Annual administration report of the Civil Veterinary Department of India - 1897-1898
Year: 1897
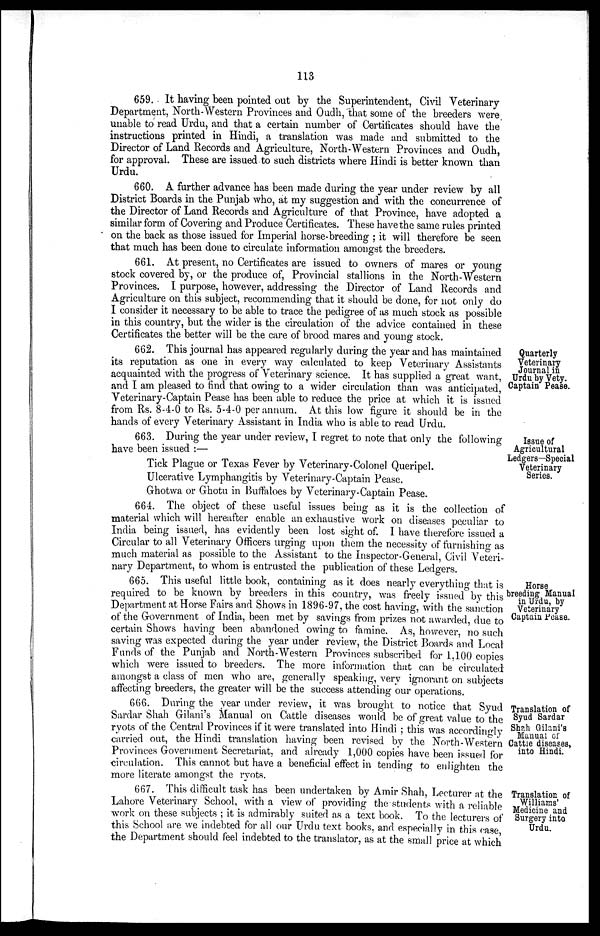
113
659. It having been pointed out by the Superintendent, Civil Veterinary
Department, North-Western Provinces and Oudh, that some of the breeders were
unable to read Urdu, and that a certain number of Certificates should have the
instructions printed in Hindi, a translation was made and submitted to the
Director of Land Records and Agriculture, North-Western Provinces and Oudh,
for approval. These are issued to such districts where Hindi is better known than
Urdu.
660. A further advance has been made during the year under review by all
District Boards in the Punjab who, at my suggestion and with the concurrence of
the Director of Land Records and Agriculture of that Province, have adopted a
similar form of Covering and Produce Certificates. These have the same rules printed
on the back as those issued for Imperial horse-breeding; it will therefore be seen
that much has been done to circulate information amongst the breeders.
661. At present, no Certificates are issued to owners of mares or young
stock covered by, or the produce of, Provincial stallions in the North-Western
Provinces. I purpose, however, addressing the Director of Land Records and
Agriculture on this subject, recommending that it should be done, for not only do
I consider it necessary to be able to trace the pedigree of as much stock as possible
in this country, but the wider is the circulation of the advice contained in these
Certificates the better will be the care of brood mares and young stock.
Quarterly
Veterinary
Journal in
Urdu by Vety.
Captain Pease.
662. This journal has appeared regularly during the year and has maintained
its reputation as one in every way calculated to keep Veterinary Assistants
acquainted with the progress of Veterinary science. It has supplied a great want,
and I am pleased to find that owing to a wider circulation than was anticipated,
Veterinary-Captain Pease has been able to reduce the price at which it is issued
from Rs. 8-4-0 to Rs. 5-4-0 per annum. At this low figure it should be in the
hands of every Veterinary Assistant in India who is able to read Urdu.
Issue of
Agricultural
Ledgers—Special
Veterinary
Series.
663. During the year under review, I regret to note that only the following
have been issued :—
Tick Plague or Texas Fever by Veterinary-Colonel Queripel.
Ulcerative Lymphangitis by Veterinary-Captain Pease.
Ghotwa or Ghotu in Buffaloes by Veterinary-Captain Pease.
664. The object of these useful issues being as it is the collection of
material which will hereafter enable an exhaustive work on diseases peculiar to
India being issued, has evidently been lost sight of. I have therefore issued a
Circular to all Veterinary Officers urging upon them the necessity of furnishing as
much material as possible to the Assistant to the Inspector-General, Civil Veteri-
nary Department, to whom is entrusted the publication of these Ledgers.
Horse
breeding Manual
in Urdu, by
Veterinary
Captain Pease.
665. This useful little book, containing as it does nearly everything that is
required to be known by breeders in this country, was freely issued by this
Department at Horse Fairs and Shows in 1896-97, the cost having, with the sanction
of the Government of India, been met by savings from prizes not awarded, due to
certain Shows having been abandoned owing to famine. As, however, no such
saving was expected during the year under review, the District Boards and Local
Funds of the Punjab and North-Western Provinces subscribed for 1,100 copies
which were issued to breeders. The more information that can be circulated
amongst a class of men who are, generally speaking, very ignorant on subjects
affecting breeders, the greater will be the success attending our operations.
Translation of
Syud Sardar
Shah Gilani's
Manual of
Cattle diseases,
into Hindi.
666. During the year under review, it was brought to notice that Syud
Sardar Shah Gilani's Manual on Cattle diseases would be of great value to the
ryots of the Central Provinces if it were translated into Hindi; this was accordingly
carried out, the Hindi translation having been revised by the North-Western
Provinces Government Secretariat, and already 1,000 copies have been issued for
circulation. This cannot but have a beneficial effect in tending to enlighten the
more literate amongst the ryots.
Translation of
Williams'
Medicine and
Surgery into
Urdu.
667. This difficult task has been undertaken by Amir Shah, Lecturer at the
Lahore Veterinary School, with a view of providing the students with a reliable
work on these subjects; it is admirably suited as a text book. To the lecturers of
this School are we indebted for all our Urdu text books, and especially in this case,
the Department should feel indebted to the translator, as at the small price at which